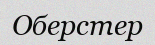
Оберстер